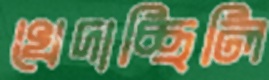
খেদাচ্ছিলি